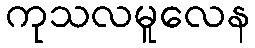
ကုသလမူလေန